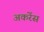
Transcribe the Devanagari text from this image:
अकरेंस